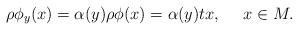
LaTeX: \begin{align*}\rho\phi_y(x)=\alpha(y)\rho\phi(x)=\alpha(y)tx,\ \ \ \ x\in M.\end{align*}